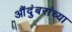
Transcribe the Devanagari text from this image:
औंदुंबरांच्या